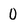
Character: 0